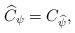
LaTeX: \begin{align*}\widehat{C}_{\psi} = C_{\widehat{\psi}} ,\end{align*}